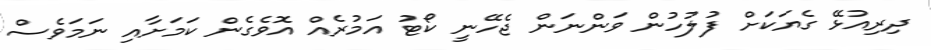
ދިރިއުޅޭ ގެޔަކަށް ފުލުހުން ވަންނަން ޖެހޭނީ ކޯޓު އަމުރެއް އޮވެގެން ކަމަށާއި ނަމަވެސް